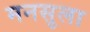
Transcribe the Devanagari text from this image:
मनसुला